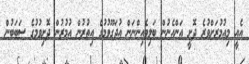
އެއީ މިއުމުރަށްވުރެ ދޮށީ އަންހެނުން ބަލިވެއިންނަން އުދަގޫވުމުގެ އިތުރުން އުމުރުން ދޮށިވުމުގެ ސަބަބުން